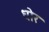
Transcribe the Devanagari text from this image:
धोर